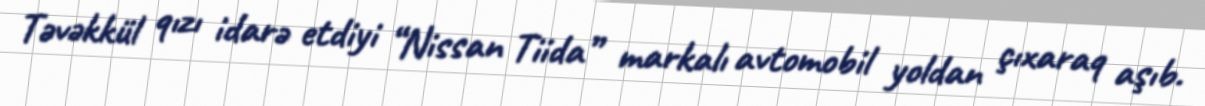
Təvəkkül qızı idarə etdiyi “Nissan Tiida” markalı avtomobil yoldan çıxaraq aşıb.